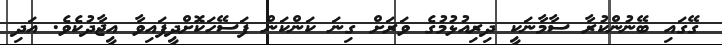
ގޭގައި ބޭނުންކުރާ ސާމާނަކީ ދިރިއުޅުމުގެ ވަރަށް ގިނަ ކަންކަން ފަސޭހަކޮށްދީފައިވާ އީޖާދުކެވެ. އަދި